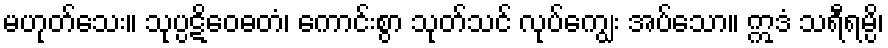
မဟုတ်သေး။ သုပ္ပဋိဝေဓတံ၊ ကောင်းစွာ သုတ်သင် လုပ်ကျွေး အပ်သော။ ဣဒံ သရီရမ္ပိ၊